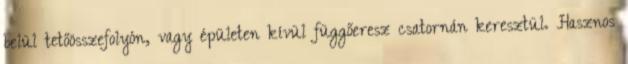
belül tetőösszefolyón, vagy épületen kívül függőeresz csatornán keresztül. Hasznos